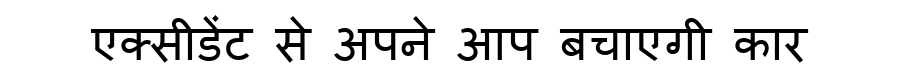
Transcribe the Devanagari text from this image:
एक्सीडेंट से अपने आप बचाएगी कार